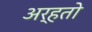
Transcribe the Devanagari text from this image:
अर्हतो